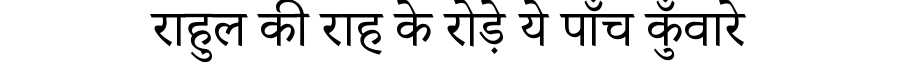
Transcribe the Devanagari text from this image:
राहुल की राह के रोड़े ये पाँच कुँवारे